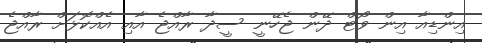
އިންޑިއާ އިން ވޯޓް ދޭން ޖެހޭނީ ސީދާ ރާއްޖެ އާއި އެެއްކޮޅަށް ރާއްޖެ